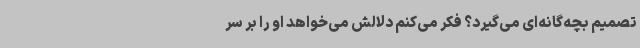
تصمیم بچه‌گانه‌ای می‌گیرد؟ فکر می‌کنم دلالش می‌خواهد او را بر سر